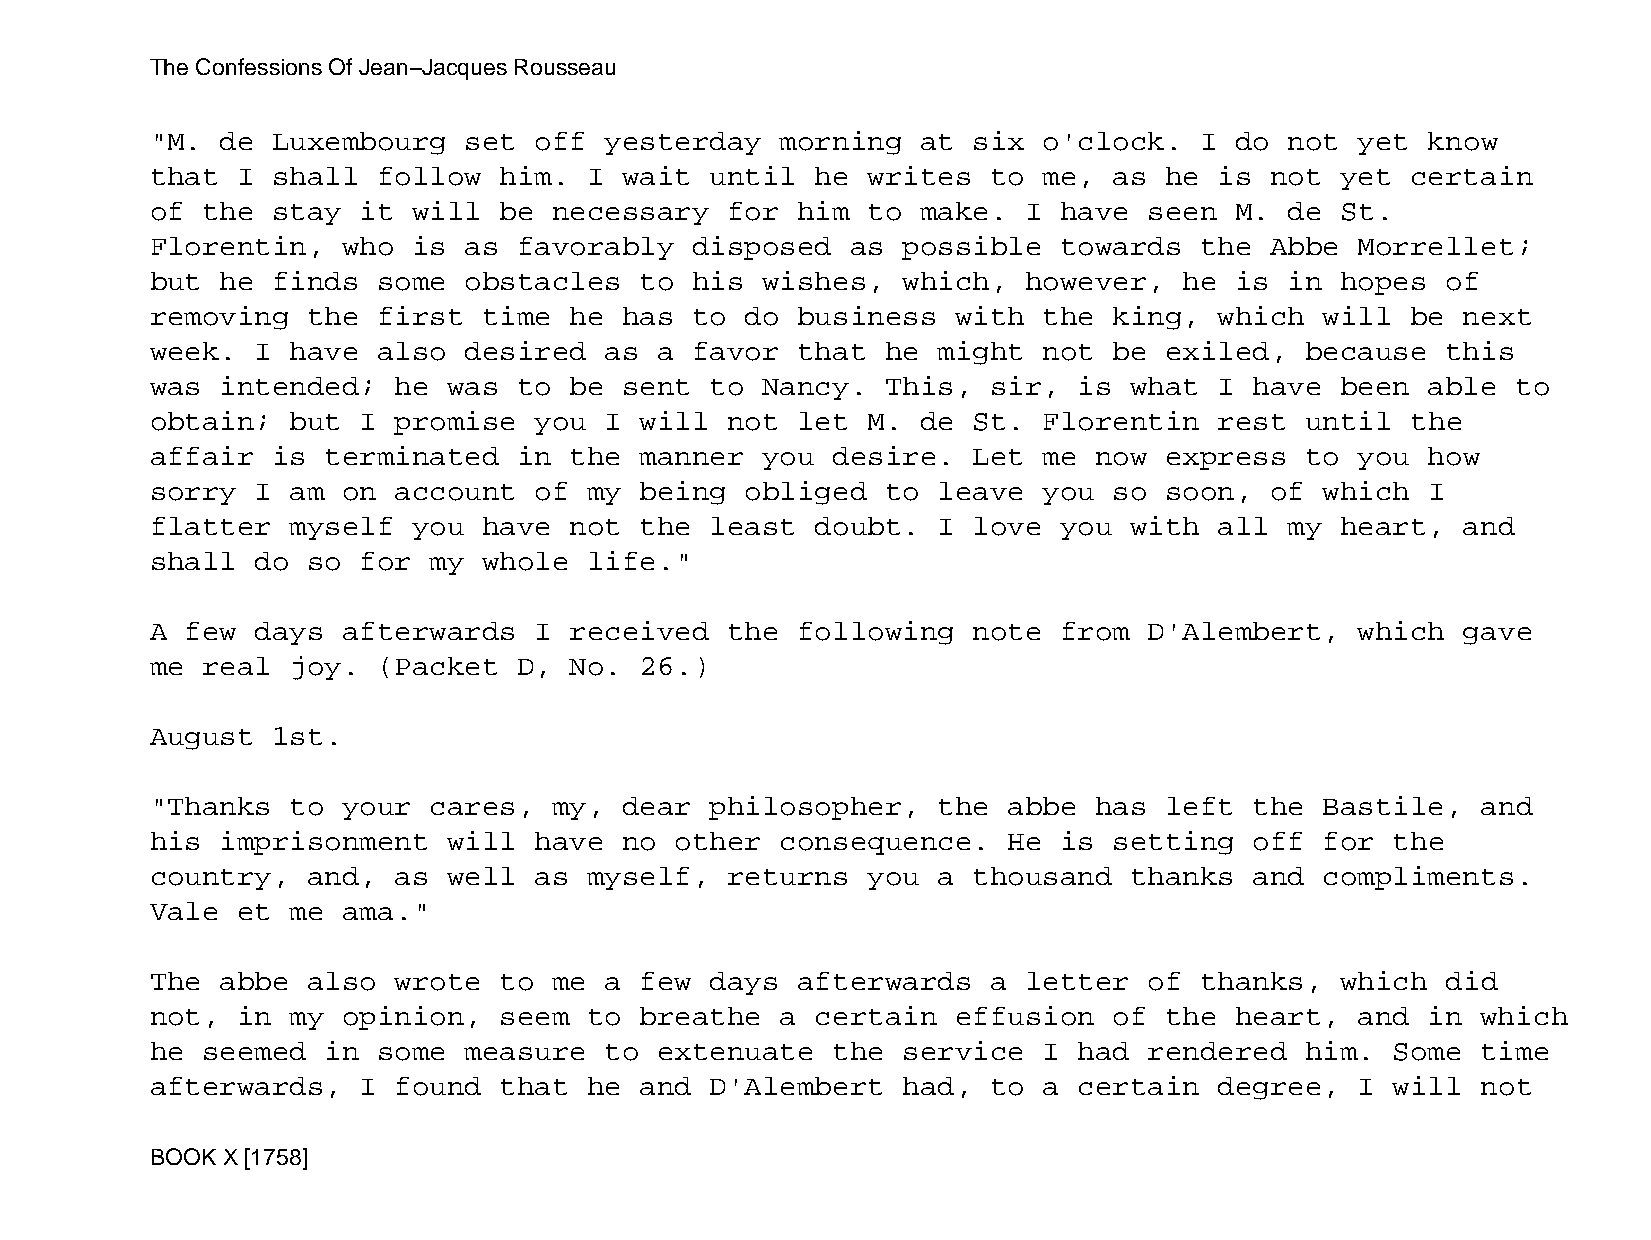
The Confessions Of Jean−Jacques Rousseau
 "M.  de Luxembourg   set off  yesterday   morning  at six  o'clock.  I  do not  yet  know
 that  I shall  follow  him.  I wait  until  he writes   to me,  as he  is not  yet certain
 of the  stay  it will  be  necessary  for  him to  make.  I have  seen  M. de  St.
 Florentin,   who is  as favorably   disposed  as  possible  towards  the  Abbe  Morrellet;
 but  he finds  some  obstacles  to  his wishes,   which,  however,  he  is in  hopes  of
 removing  the  first  time  he has  to do  business  with  the  king,  which  will be  next
 week.  I have  also  desired  as  a favor  that  he might  not  be exiled,  because   this
 was  intended;  he  was to  be sent  to Nancy.   This,  sir, is  what  I have  been  able to
 obtain;  but  I promise  you  I will  not  let M.  de St.  Florentin   rest until  the
 affair  is  terminated  in  the manner  you  desire.  Let  me now  express  to  you  how
 sorry  I am  on account  of  my being  obliged   to leave  you  so soon,  of  which  I
 flatter  myself  you  have  not the  least  doubt.  I love  you  with  all my  heart,  and
 shall  do so  for my  whole  life."
 A few  days  afterwards  I  received  the  following  note  from  D'Alembert,   which  gave
 me real  joy.  (Packet  D,  No. 26.)
 August  1st.
 "Thanks  to  your cares,   my, dear  philosopher,   the  abbe has  left  the  Bastile,  and
 his  imprisonment   will have  no  other  consequence.   He is  setting  off  for the
 country,  and,  as  well as  myself,  returns  you  a thousand   thanks  and  compliments.
 Vale  et me  ama."
 The  abbe also  wrote  to  me a few  days  afterwards   a letter  of thanks,   which  did
 not,  in my  opinion,  seem  to breathe   a certain  effusion   of the  heart,  and  in which
 he seemed   in some  measure  to  extenuate  the  service  I had  rendered  him.  Some  time
 afterwards,   I found  that  he and  D'Alembert   had,  to a certain   degree,  I will  not
 BOOK X [1758]